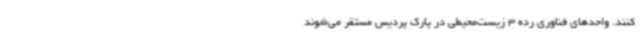
کنند. واحدهای فناوری رده 3 زیست‌محیطی در پارک پردیس مستقر می‌شوند